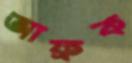
আফ্রক